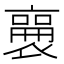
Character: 𬡫